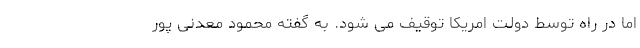
اما در راه توسط دولت امریکا توقیف می شود. به گفته محمود معدنی پور